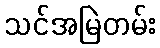
သင်အမြဲတမ်း